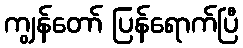
ကျွန်တော် ပြန်ရောက်ပြီ